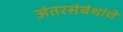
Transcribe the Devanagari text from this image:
अंतरसंबंधांचे